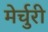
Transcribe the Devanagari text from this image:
मेर्चुरी